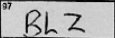
Transcription: BLZ